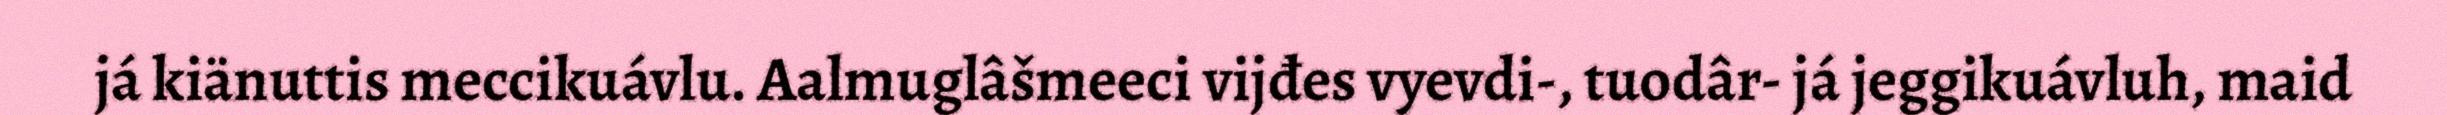
já kiänuttis meccikuávlu. Aalmuglâšmeeci vijđes vyevdi-, tuodâr- já jeggikuávluh, maid